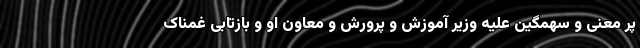
پر معنی و سهمگین علیه وزیر آموزش و پرورش و معاون او و بازتابی غمناک